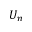
U _ { n }